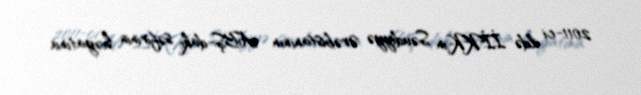
2011-ci ildə İİKK-in Səudiyyə Ərəbistanının ABŞ-dakı səfirinin həyatına